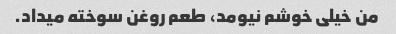
من خیلی خوشم نیومد، طعم روغن سوخته میداد.